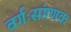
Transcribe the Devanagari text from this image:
वर्गःसंगणक